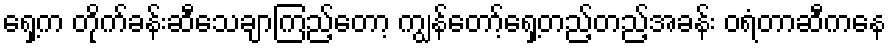
ရှေ့က တိုက်ခန်းဆီသေချာကြည့်တော့ ကျွန်တော့်ရှေ့တည့်တည့်အခန်း ဝရံတာဆီကနေ